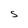
Character: S